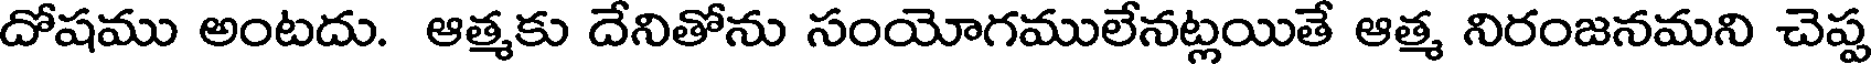
దోషము అంటదు. ఆత్మకు దేనితోను సంయోగములేనట్లయితే ఆత్మ నిరంజనమని చెప్ప